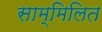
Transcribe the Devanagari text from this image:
साम्मिलित